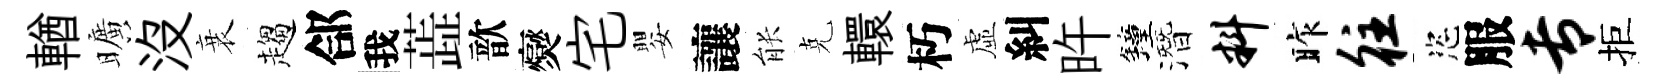
輶曠没衰趨郃我蕋歆爕宅嬰讓䏻克轘朽虛糾旿鐘潛料昨往恣服专拒